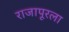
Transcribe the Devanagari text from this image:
राजापूरला